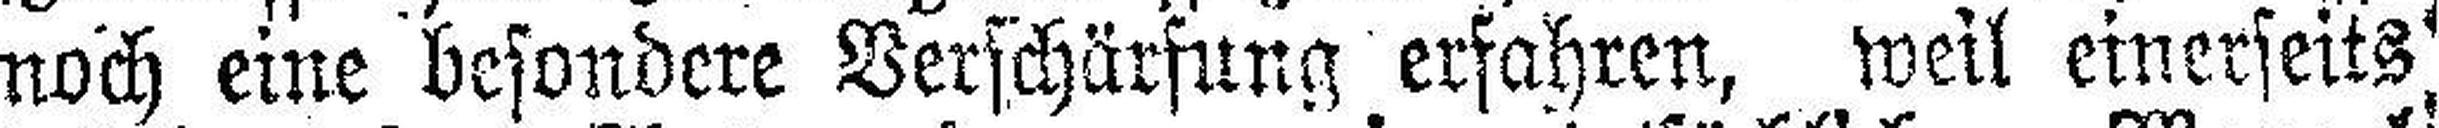
noch eine besondere Verschärfung erfahren, weil einerseits